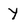
Character: Y